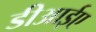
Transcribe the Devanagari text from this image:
डीआईए